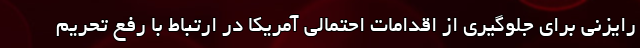
رایزنی برای جلوگیری از اقدامات احتمالی آمریکا در ارتباط با رفع تحریم